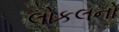
લોકલનો